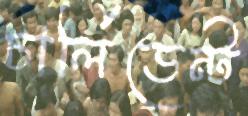
চার্লিডেন্ট